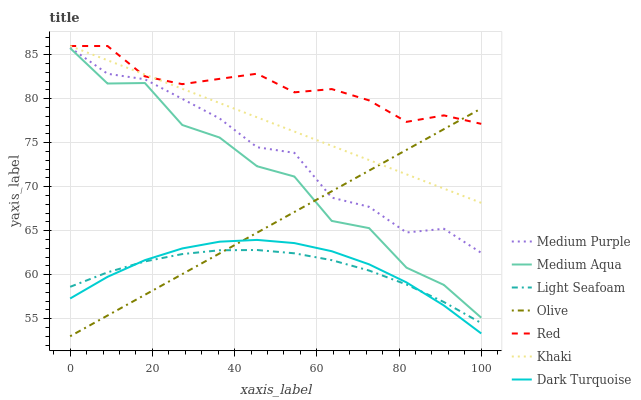
| xaxis_label | Medium Purple | Medium Aqua | Light Seafoam | Olive | Red | Khaki | Dark Turquoise |
 | --- | --- | --- | --- | --- | --- | --- | --- |
 | 0 | 85.8 | 85.8 | 58.6 | 53 | 86 | 86 | 57.3 |
 | 9.09 | 82.8 | 81.7 | 60.3 | 55.4 | 86 | 84.4 | 59.8 |
 | 18.2 | 82.2 | 81.8 | 61.5 | 57.7 | 82.5 | 82.8 | 61.7 |
 | 27.3 | 80 | 77 | 62.3 | 60.1 | 81.7 | 81.1 | 63 |
 | 36.4 | 77.8 | 75.6 | 62.8 | 62.4 | 82.3 | 79.5 | 63.8 |
 | 45.5 | 74.5 | 72.3 | 62.8 | 64.8 | 82.9 | 77.9 | 64 |
 | 54.5 | 73.9 | 71.2 | 62.4 | 67.1 | 80.7 | 76.3 | 63.6 |
 | 63.6 | 68.8 | 66.1 | 61.7 | 69.5 | 81.1 | 74.7 | 62.7 |
 | 72.7 | 67.7 | 65.3 | 60.5 | 71.8 | 79.8 | 73 | 61.2 |
 | 81.8 | 64.8 | 60.8 | 58.9 | 74.2 | 77.4 | 71.4 | 59.1 |
 | 90.9 | 65.2 | 58.8 | 56.9 | 76.5 | 78.1 | 69.8 | 56.5 |
 | 100 | 62.5 | 55.1 | 54.5 | 78.9 | 77.1 | 68.2 | 53.3 |